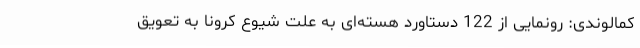
کمالوندی: رونمایی از 122 دستاورد هسته‌ای به علت شیوع کرونا به تعویق